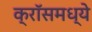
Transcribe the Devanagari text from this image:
क्रॉसमध्ये